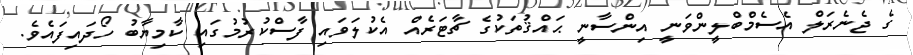
ގެ ޖެނެރަލް އެސެމްބްލީންވަނީ އިންސާނީ ޙައްޤުތަކުގެ ޗާޓަރެއް އެކުލަވައި ފާސްކުރުމުގައި ކާމިޔާބު ހޯދައިފައެވެ.